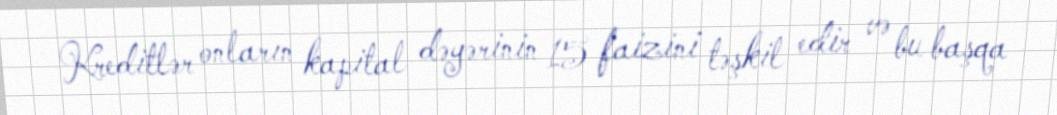
Kreditlər onların kapital dəyərinin 15 faizini təşkil edir və bu başqa